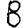
Digit: 8